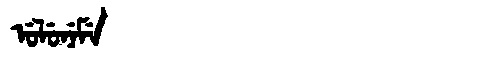
Manchu: ᡠᠯᡠᠨᡝᠮᡝ
Romanization: ULUNEME